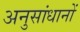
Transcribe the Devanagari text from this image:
अनुसांधानों